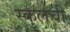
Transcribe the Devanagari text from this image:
स्कुलची